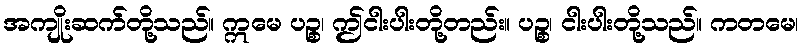
အကျိုးဆက်တို့သည်။ ဣမေ ပဉ္စ၊ ဤငါးပါးတို့တည်း။ ပဉ္စ၊ ငါးပါးတို့သည်။ ကတမေ၊